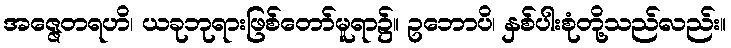
အဇ္ဇေတရဟိ၊ ယခုဘုရားဖြစ်တော်မူရာ၌။ ဥဘောပိ၊ နှစ်ပါးစုံတို့သည်လည်း။